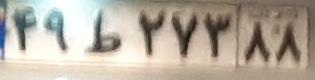
۴۹ط۲۷۳۸۸